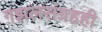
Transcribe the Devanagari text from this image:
गझलसंग्रहही